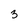
Character: 3